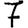
Digit: 7